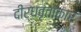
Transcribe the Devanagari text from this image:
दीर्धवृताकार